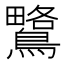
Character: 𪅅